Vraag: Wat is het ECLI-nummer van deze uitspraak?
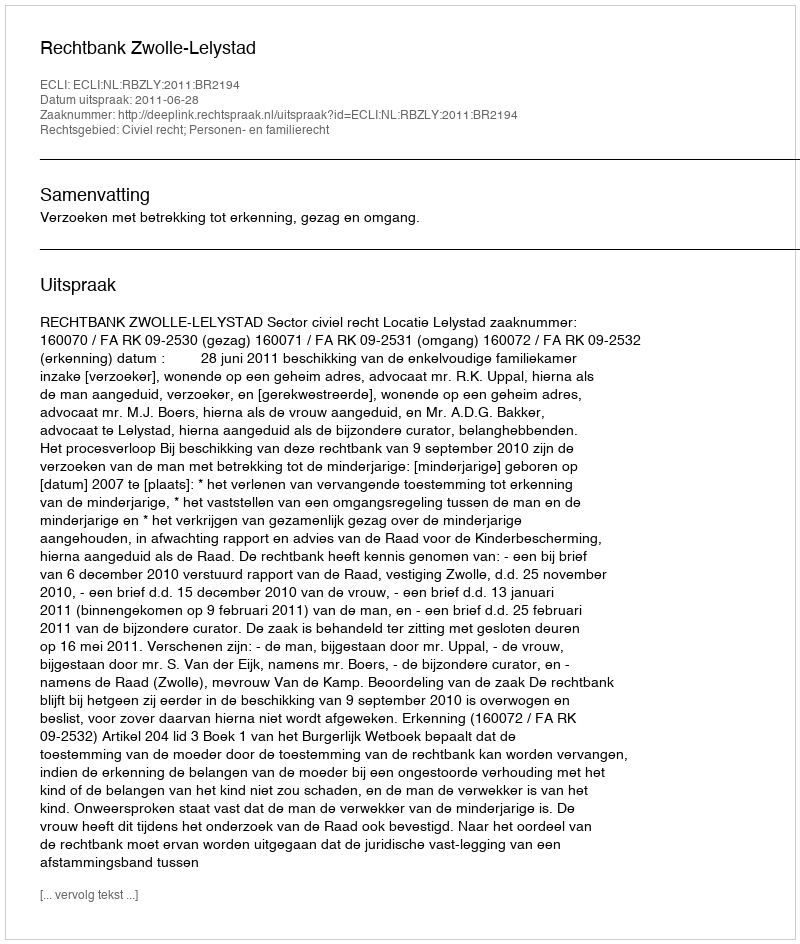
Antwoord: ECLI:NL:RBZLY:2011:BR2194